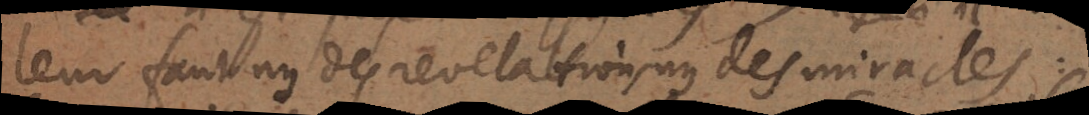
leur faut ny des revelations ny des miracles :